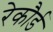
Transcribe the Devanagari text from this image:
रेकौर्ड